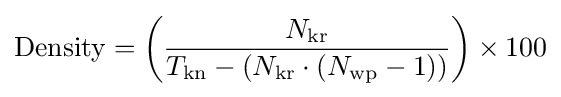
{\text{Density}}=\left({\frac {N_{\text{kr}}}{T_{\text{kn}}-\left(N_{\text{kr}}\cdot (N_{\text{wp}}-1)\right)}}\right)\times 100